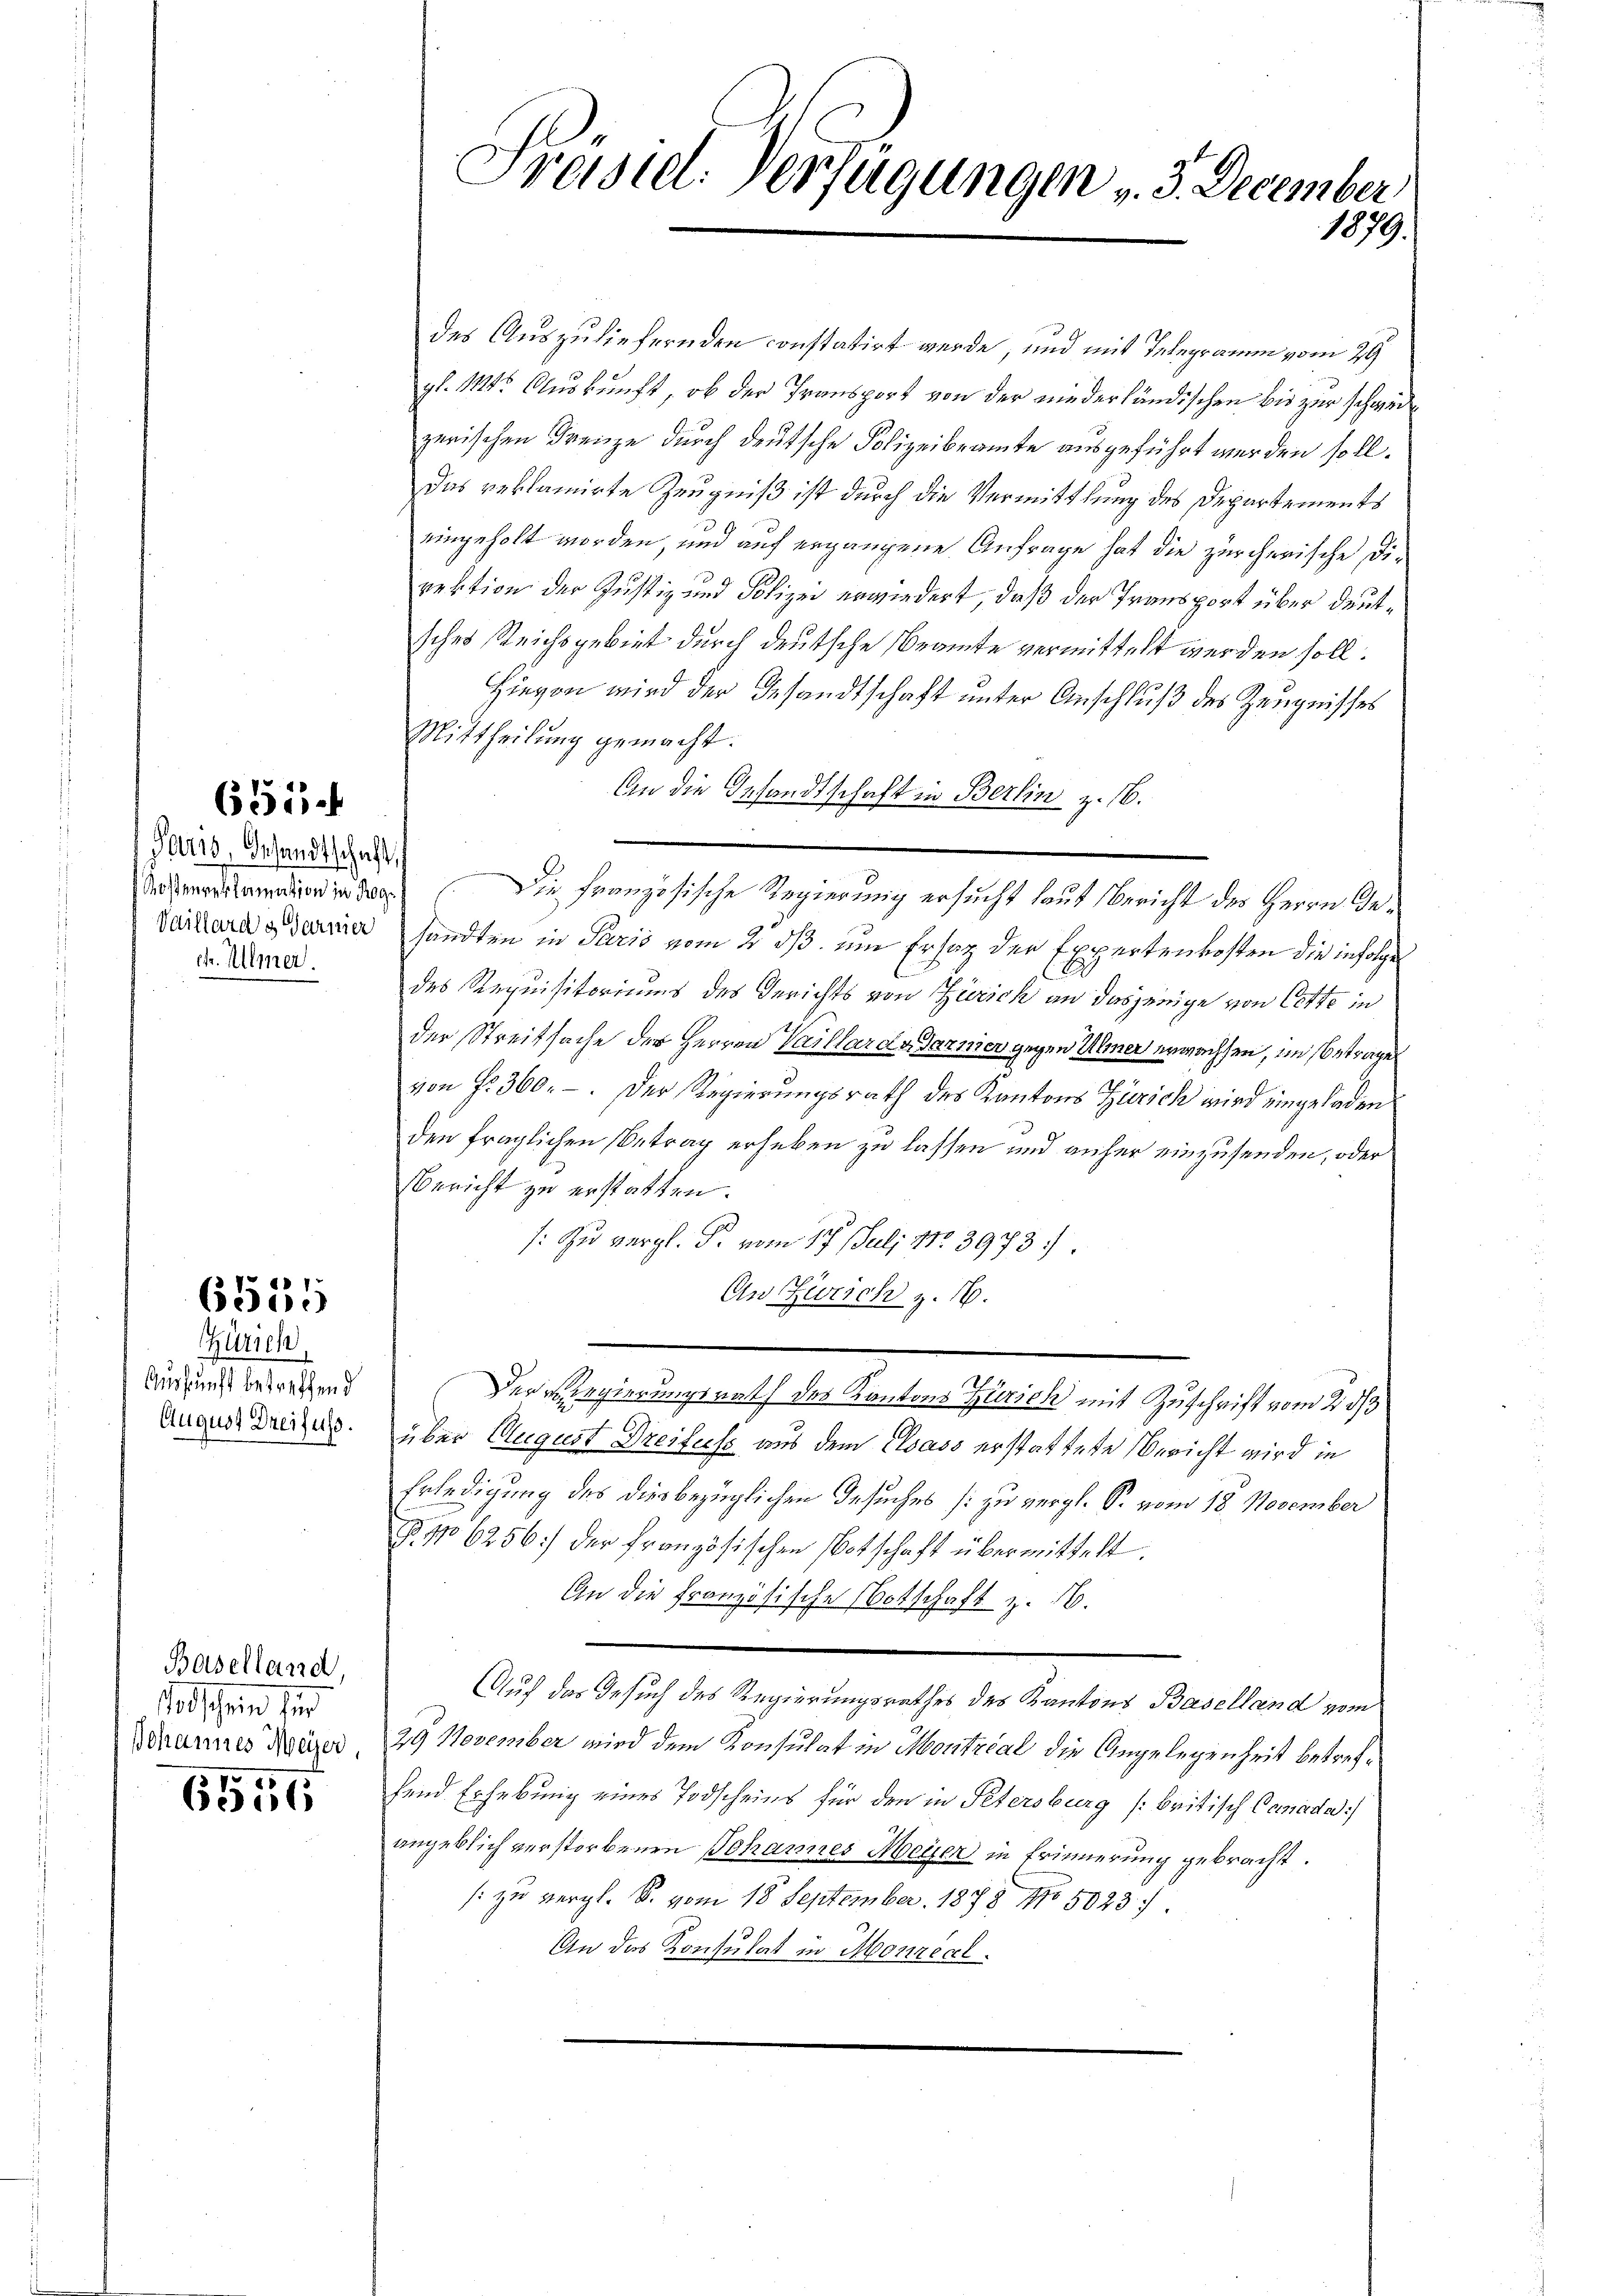
651

Paris, Gesandtschaft,
Kostenreklamation in Rog
ch. Ullmer.

6535

Zürich
Auskunft betreffend
August Dreifuss.

Baselland,
aschein für
Johannes Meier,

70
6356

des Auszuliefernden constatirt werde, und mit Telegramm vom 29
gl. 111. Auskunft, ob der Transport von der niederländischen bis zur schwede
zerischen Frenze durch deutsche Polizeibeamte ausgeführt werden soll.
Das reklamirte Zeugniß ist durch die Vermittlung des Departements
eingeholt worden, und auf ergangene Anfrage hat die zürcherische Direktion der Justiz und Polizei erwiedert, daß der Transport über deutsches Reichsgebiet durch deutsche Beamte vermittelt werden soll.
Hievon wird der Gesandtschaft unter Anschluß des Zeugnisses
Mittheilung gemacht.
An die Gesandtschaft in Berlin z. 16.
Die französische Regierung ersucht laut Bericht der Herrn Ge¬
Vaillard gerner sandten in Pario vom 2. ds. um Ersatz der Expertenkosten die infolge
des Requisitoriums des Gerichts von Zürich an dasjenige von Cette in
der Streitsache der Herren Vaillard Garnier gegen Meiner erwachsen, im Betrage
von Fr. 360. Der Regierungsrath des Kantons Zürich wird eingeladen
den fraglichen Betrag erheben zu lassen und anher einzusenden, oder
Bericht zu erstatten.
: Zu vergl. P. vom 17. Juli No 3973.)
An Zürich z. 16.
Der Regierungsrath des Kantons Zürich mit Zuschrift vom 2. ds
über August Dreifuss aus dem Elsass erstattete Bericht wird in
Erledigung des diesbezüglichen Gesuches (: zu vergl. S. vom 18. November
 No 6256) der französischen Botschaft übermittelt.
An die Französische Notschaft z. B.
Auf das Gesuch des Regierungsrathes des Kantons Baselland vom
29 November wird dem Konsulat in Moritzial die Angelegenheit betrefhend Erhebung eines Todscheins für den in Petersburg (britisch Canada
angeblich verstorbenen Johannes Meyer in Erinnerung gebracht.
s zu vergl. S. vom 18 September 1878 No 5933.
An das Konsulat in Monreal

Präsiel. Verfügungen v. 3. December,
1879.